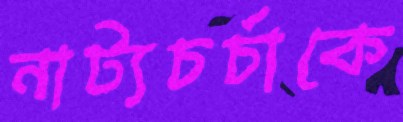
নাট্যচর্চাকে